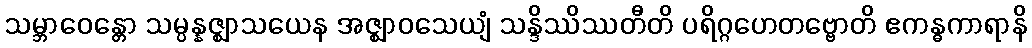
သမ္ဘာဝေန္တော သမ္ပန္နဇ္ဈာသယေန အဇ္ဈာဝသေယျံ သန္ဒိဿိဿတီတိ ပရိဂ္ဂဟေတဗ္ဗောတိ ဧကန္ဓကာရာနိ